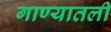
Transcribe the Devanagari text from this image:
गाण्यातली